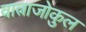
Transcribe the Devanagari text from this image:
वात्नाजोकुल